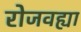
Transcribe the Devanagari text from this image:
रोजवह्या